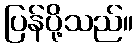
ပြန်ပို့သည်။